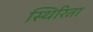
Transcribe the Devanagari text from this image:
स्थिरिता